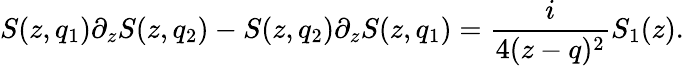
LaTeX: S(z,q_{1})\partial_{z}S(z,q_{2})-S(z,q_{2})\partial_{z}S(z,q_{1})={\frac{i}{4(z-q)^{2}}}S_{1}(z).